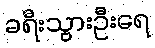
ခရီးသွားဦးရေ